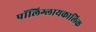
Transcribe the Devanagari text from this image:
पॉलिग्लायकालिक